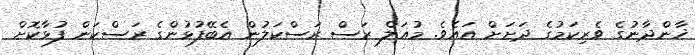
ޚާންދާނުގެ ވެރިކަމުގެ ދަށަށް އައެވެ. މުޣަލް ރަސް ރަސްކަލުން އެބޭފުޅުންގެ ރަސްކަން ފުޅާކޮށް